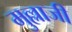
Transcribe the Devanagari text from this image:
मुल्लाजी